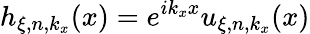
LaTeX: h_{\xi,n,k_{x}}(x)=e^{ik_{x}x}u_{\xi,n,k_{x}}(x)